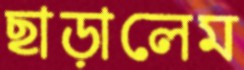
ছাড়ালেম